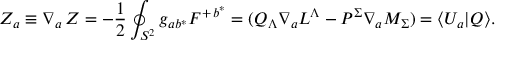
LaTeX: Z _ { a } \equiv \nabla _ { a } \, Z = - { \frac { 1 } { 2 } } \oint _ { S ^ { 2 } } g _ { a b ^ { * } } { \cal F } ^ { + \, b ^ { * } } = ( Q _ { \Lambda } \nabla _ { a } L ^ { \Lambda } - P ^ { \Sigma } \nabla _ { a } M _ { \Sigma } ) = \langle U _ { a } | { \cal Q } \rangle .